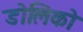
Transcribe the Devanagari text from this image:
डोलिको